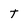
Character: t